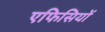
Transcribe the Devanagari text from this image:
एफिसियों